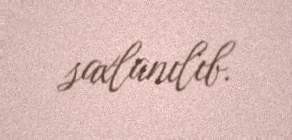
saxlanılıb.